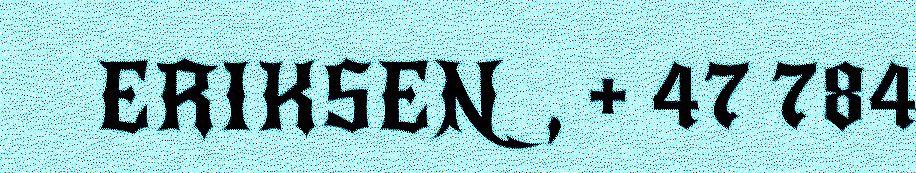
ERIKSEN, + 47 784